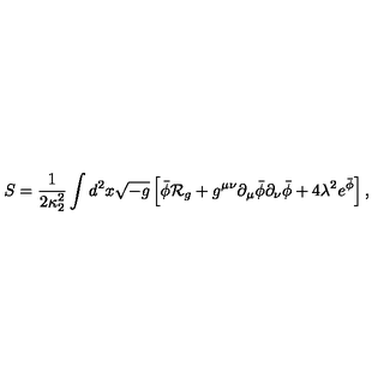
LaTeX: S = { \frac { 1 } { 2 \kappa _ { 2 } ^ { 2 } } } \int d ^ { 2 } x \sqrt { - g } \left[ \bar { \phi } { \cal R } _ { g } + g ^ { \mu \nu } \partial _ { \mu } \bar { \phi } \partial _ { \nu } \bar { \phi } + 4 \lambda ^ { 2 } e ^ { \bar { \phi } } \right] ,